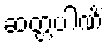
ဆတ္တပါဏိံ